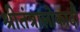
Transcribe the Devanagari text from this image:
श्रीतंत्रालोकादौ